Cholera in India, 1862 to 1881
Year: 1862
Disease focus: Cholera
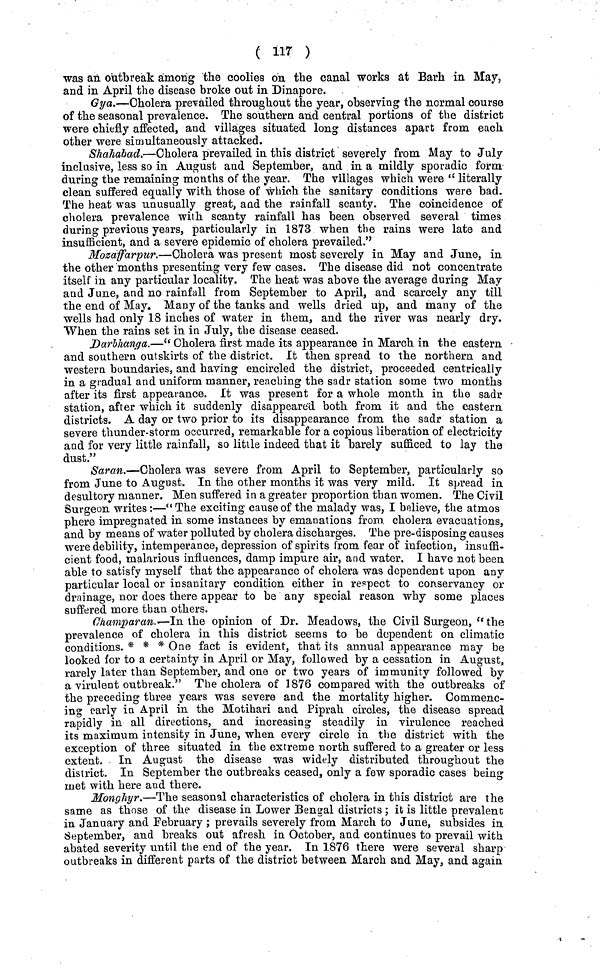
( 117 )
was an outbreak among the coolies on the canal works at Barh in May,
and in April the disease broke out in Dinapore.
Gya.—Cholera prevailed throughout the year, observing the normal course
of the seasonal prevalence. The southern and central portions of the district
were chiefly affected, and villages situated long distances apart from each
other were simultaneously attacked.
Shahabad.—Cholera prevailed in this district severely from May to July
inclusive, less so in August and September, and in a mildly sporadic form
during the remaining months of the year. The villages which were " literally
clean suffered equally with those of which the sanitary conditions were bad.
The heat was unusually great, and the rainfall scanty. The coincidence of
cholera prevalence with scanty rainfall has been observed several times
during previous years, particularly in 1873 when the rains were late and
insufficient, and a severe epidemic of cholera prevailed."
Mozaffarpur.—Cholera was present most severely in May and June, in
the other months presenting very few cases. The disease did not concentrate
itself in any particular locality. The heat was above the average during May
and June, and no rainfall from September to April, and scarcely any till
the end of May. Many of the tanks and wells dried up, and many of the
wells had only 18 inches of water in them, and the river was nearly dry.
When the rains set in in July, the disease ceased.
Darlhanga.—" Cholera first made its appearance in March in the eastern
and southern outskirts of the district. It then spread to the northern and
western boundaries, and having encircled the district, proceeded centrically
in a gradual and uniform manner, reaching the sadr station some two months
after its first appearance. It was present for a whole month in the sadr
station, after which it suddenly disappeared both from it and the eastern
districts. A day or two prior to its disappearance from the sadr station a
severe thunder-storm occurred, remarkable for a copious liberation of electricity
and for very little rainfall, so litile indeed that it barely sufficed to lay the
dust."
Saran.—Cholera was severe from April to September, particularly so
from June to August. In the other months it was very mild. It spread in
desultory manner. Men suffered in a greater proportion than women. The Civil
Surgeon writes :—" The exciting cause of the malady was, I believe, the atmos
phere impregnated in some instances by emanations from cholera evacuations,
and by means of water polluted by cholera discharges. The pre-disposing causes
were debility, intemperance, depression of spirits from fear of infection, insuffi-
cient food, malarious influences, damp impure air, and water, I have not been
able to satisfy myself that the appearance of cholera was dependent upon any
particular local or insanitary condition either in respect to conservancy or
drainage, nor does there appear to be any special reason why some places
suffered more than others.
Champaran.— In the opinion of Dr. Meadows, the Civil Surgeon, "the
prevalence of cholera in this district seems to be dependent on climatic
conditions. * * * One fact is evident, that its annual appearance may be
looked for to a certainty in April or May, followed by a cessation in August,
rarely later than September, and one or two years of immunity followed by
a virulent outbreak." The cholera of 1876 compared with the outbreaks of
the preceding three years was severe and the mortality higher. Commenc-
ing early in April in the Motihari and Piprah circles, the disease spread
rapidly in all directions, and increasing steadily in virulence reached
its maximum intensity in June, when every circle in the district with the
exception of three situated in the extreme north suffered to a greater or less
extent. In August the disease was widely distributed throughout the
district. In September the outbreaks ceased, only a few sporadic cases being
met with here and there.
Monghyr.—The seasonal characteristics of cholera in this district are the
same as those of the disease in Lower Bengal districts ; it is little prevalent;
in January and February ; prevails severely from March to June, subsides in
September, and breaks out afresh in October, and continues to prevail with
abated severity until the end of the year. In 1876 there were several sharp
outbreaks in different parts of the district between March and May, and again